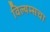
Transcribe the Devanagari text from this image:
विल्यम्सचा